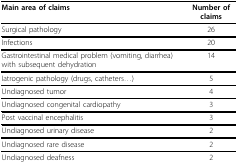
<table><thead><tr><td><b>Main area of claims</b></td><td><b>Number of claims</b></td></tr></thead><tbody><tr><td>Surgical pathology</td><td>26</td></tr><tr><td>Infections</td><td>20</td></tr><tr><td>Gastrointestinal medical problem (vomiting, diarrhea) with subsequent dehydration</td><td>14</td></tr><tr><td>Iatrogenic pathology (drugs, catheters...)</td><td>5</td></tr><tr><td>Undiagnosed tumor</td><td>4</td></tr><tr><td>Undiagnosed congenital cardiopathy</td><td>3</td></tr><tr><td>Post vaccinal encephalitis</td><td>3</td></tr><tr><td>Undiagnosed urinary disease</td><td>2</td></tr><tr><td>Undiagnosed rare disease</td><td>2</td></tr><tr><td>Undiagnosed deafness</td><td>2</td></tr></tbody></table>